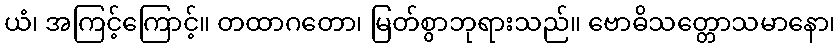
ယံ၊ အကြင့်ကြောင့်။ တထာဂတော၊ မြတ်စွာဘုရားသည်။ ဗောဓိသတ္တောသမာနော၊